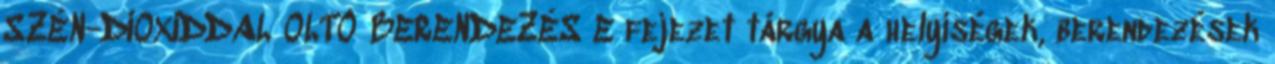
SZÉN-DIOXIDDAL OLTÓ BERENDEZÉS E fejezet tárgya a helyiségek, berendezések